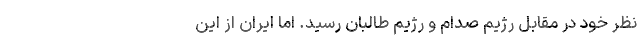
نظر خود در مقابل رژیم صدام و رژِیم طالبان رسید. اما ایران از این